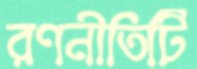
রণনীতিটি